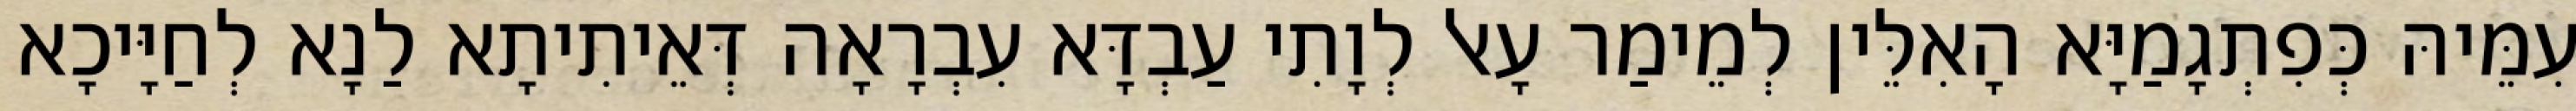
עִמֵּיהּ כְּפִתְגָמַיָּא הָאִלֵּין לְמֵימַר עָאל לְוָתִי עַבְדָּא עִבְרָאָה דְּאֵיתִיתָא לַנָא לְחַיָּיכָא